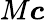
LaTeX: M\boldsymbol{c}